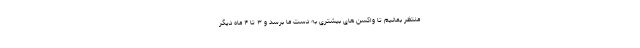
منتظر بمانیم تا واکسن های بیشتری به دست ما برسد و ۳ تا ۴ ماه دیگر